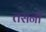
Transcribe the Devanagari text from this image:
तसनी